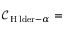
{ \mathcal { C } } _ { { \mathrm { H � l d e r } } - \alpha } =